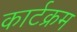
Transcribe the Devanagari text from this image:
कार्टक्रम